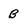
Character: B